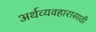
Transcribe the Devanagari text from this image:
अर्थव्यवहारासाठी